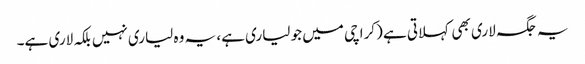
یہ جگہ لاری بھی کہلاتی ہے (کراچی میں جو لیاری ہے، یہ وہ لیاری نہیں بلکہ لاری ہے۔